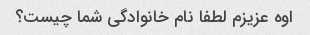
اوه عزیزم لطفا نام خانوادگی شما چیست؟